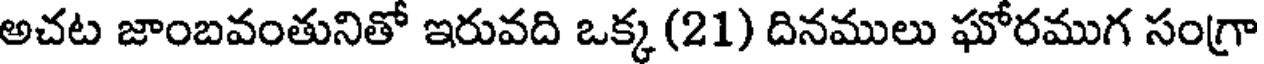
అచట జాంబవంతునితో ఇరువది ఒక్క (21) దినములు ఘోరముగ సంగ్రా